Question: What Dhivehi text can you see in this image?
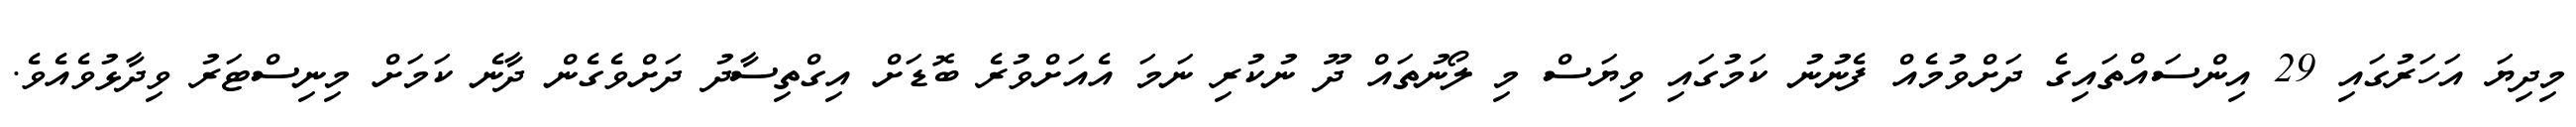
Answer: މިދިޔަ އަހަރުގައި 29 އިންސައްތައިގެ ދަށްވުމެއް ފެނުނު ކަމުގައި ވިޔަސް މި ލޯނުތައް ދޫ ނުކުރި ނަމަ އެއަށްވުރެ ބޮޑަށް އިގްތިސާދު ދަށްވެގެން ދާނެ ކަމަށް މިނިސްޓަރު ވިދާޅުވެއެވެ.